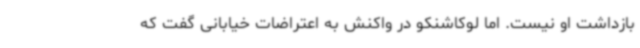
بازداشت او نیست. اما لوکاشنکو در واکنش به اعتراضات خیابانی گفت که